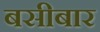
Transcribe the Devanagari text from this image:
बसीबार